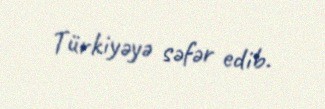
Türkiyəyə səfər edib.